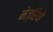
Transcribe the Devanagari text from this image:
नेज़रियो